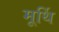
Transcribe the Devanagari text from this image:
मूर्थि